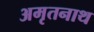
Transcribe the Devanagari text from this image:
अमृतनाथ